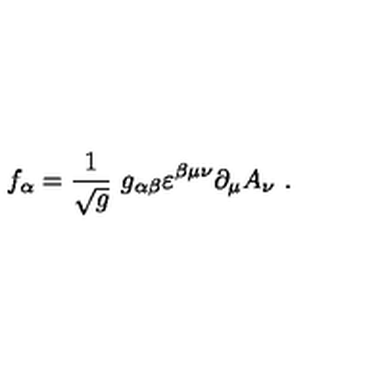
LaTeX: f _ { \alpha } = \frac { 1 } { \sqrt { g } } \ g _ { \alpha \beta } \varepsilon ^ { \beta \mu \nu } \partial _ { \mu } A _ { \nu } \ .